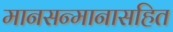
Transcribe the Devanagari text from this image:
मानसन्मानासहित